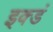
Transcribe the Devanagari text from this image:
इक्डं